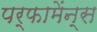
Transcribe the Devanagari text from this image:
पर्फामेंन्स